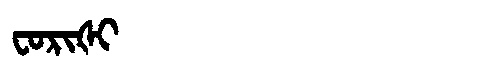
Manchu: ᠸᠣᡵᡳᡧᡳ
Romanization: FORIŠI